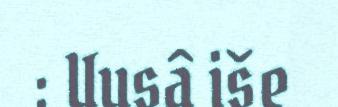
: Uusâ iše